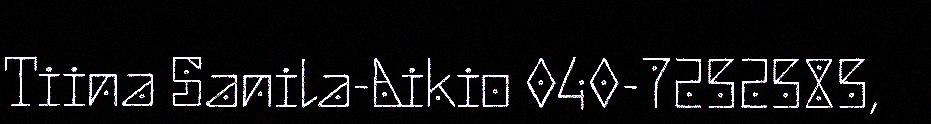
Tiina Sanila-Aikio 040-7252585,